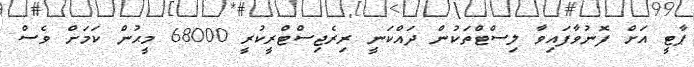
ޕާޓީ އަށް ފޮނުވާފައިވާ ލިސްޓްތަކުން ދައްކަނީ ރިރެޖިސްޓްރީކުރީ 68000 މީޙުން ކަމަށް ވެސް